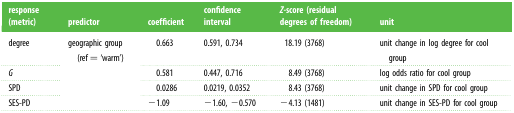
| response (metric) | predictor | coefficient | confidence interval | Z-score (residual degrees of freedom) | unit |
 | --- | --- | --- | --- | --- | --- |
 | degree | <ROWSPAN=4> geographic group (ref = ‘warm’) | 0.663 | 0.591, 0.734 | 18.19 (3768) | unit change in log degree for cool group |
 | G | 0.581 | 0.447, 0.716 | 8.49 (3768) | log odds ratio for cool group |
 | SPD | 0.0286 | 0.0219, 0.0352 | 8.43 (3768) | unit change in SPD for cool group |
 | SES-PD | −1.09 | −1.60, −0.570 | −4.13 (1481) | unit change in SES-PD for cool group |